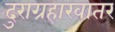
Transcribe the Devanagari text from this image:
दुराग्रहाखातर